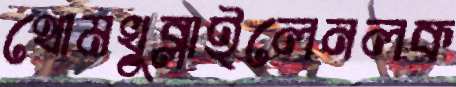
থোমখুব্‌লাইলেনলক